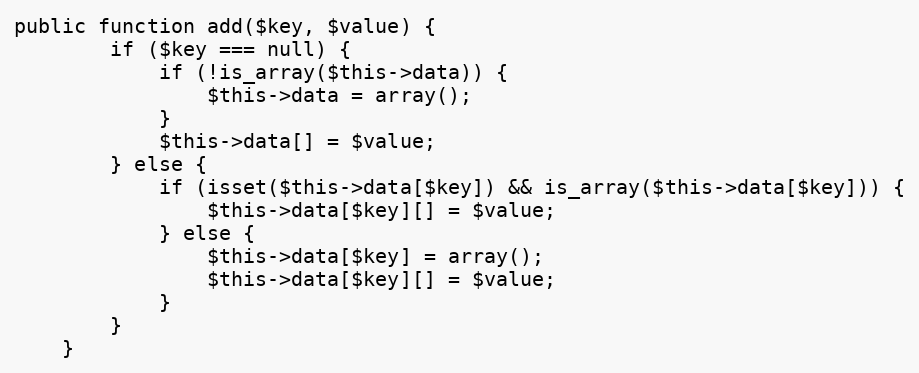
Language: PHP
public function add($key, $value) {
		if ($key === null) {
			if (!is_array($this->data)) {
				$this->data = array();
			}
			$this->data[] = $value;
		} else {
			if (isset($this->data[$key]) && is_array($this->data[$key])) {
				$this->data[$key][] = $value;
			} else {
				$this->data[$key] = array();
				$this->data[$key][] = $value;
			}
		}
	}